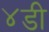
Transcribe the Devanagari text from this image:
४डी